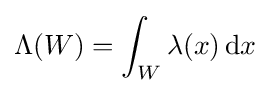
\Lambda (W)=\int _{W}\lambda (x)\,\mathrm {d} x